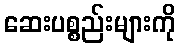
ဆေးပစ္စည်းများကို